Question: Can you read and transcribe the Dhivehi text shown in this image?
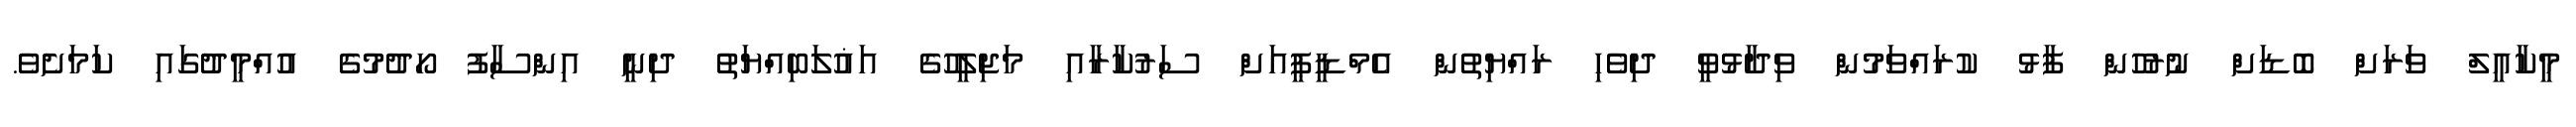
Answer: މީކާއީލް ވަރަށް ބޮޑަށް ނުރުހުން ފާޅު ކުރައްވަމުން ވިދާޅުވީ ދިވެހި ރައްޔިތުން އެމްޑީޕީއަށް ސަރުކާރާއި މަޖިލީހުގެ އަޣުލަބިއްޔަތު ދިނީ އިންސާފު ހޯދުމުގެ އުއްމީދުގައި ކަމަށެވެ.